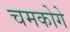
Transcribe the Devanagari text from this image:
चमकोगे